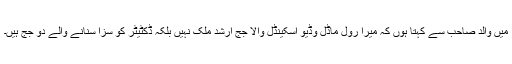
میں والد صاحب سے کہتا ہوں کہ میرا رول ماڈل وڈیو اسکینڈل والا جج ارشد ملک نہیں بلکہ ڈکٹیٹر کو سزا سنانے والے دو جج ہیں۔